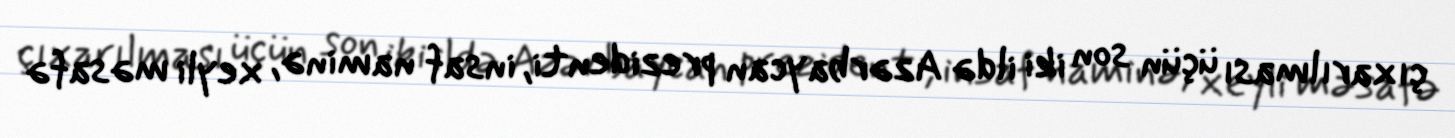
çıxarılması üçün son iki ildə Azərbaycan prezidenti, insaf naminə, xeyli məsafə